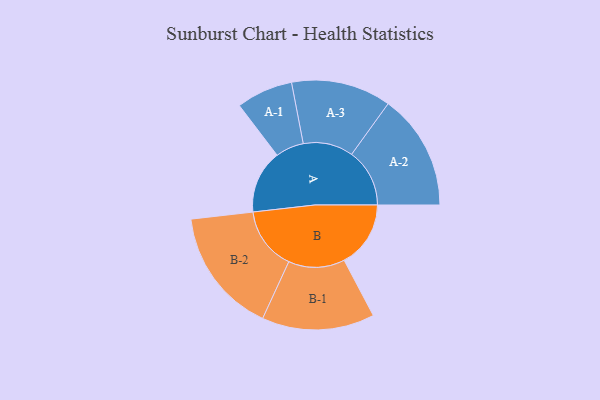
{"axis": {"x": "Segment", "y": "Value"}, "legend": ["", "A", "B"], "data": [{"x": "A", "y": 260, "type": ""}, {"x": "B", "y": 273, "type": ""}, {"x": "A-1", "y": 116, "type": "A"}, {"x": "A-2", "y": 238, "type": "A"}, {"x": "A-3", "y": 205, "type": "A"}, {"x": "B-1", "y": 231, "type": "B"}, {"x": "B-2", "y": 258, "type": "B"}]}